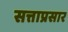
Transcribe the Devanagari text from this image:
सत्ताप्रसार